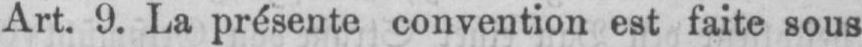
Art. 9. La présente convention est faite sous